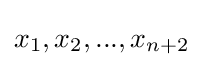
x_{1},x_{2},...,x_{n+2}